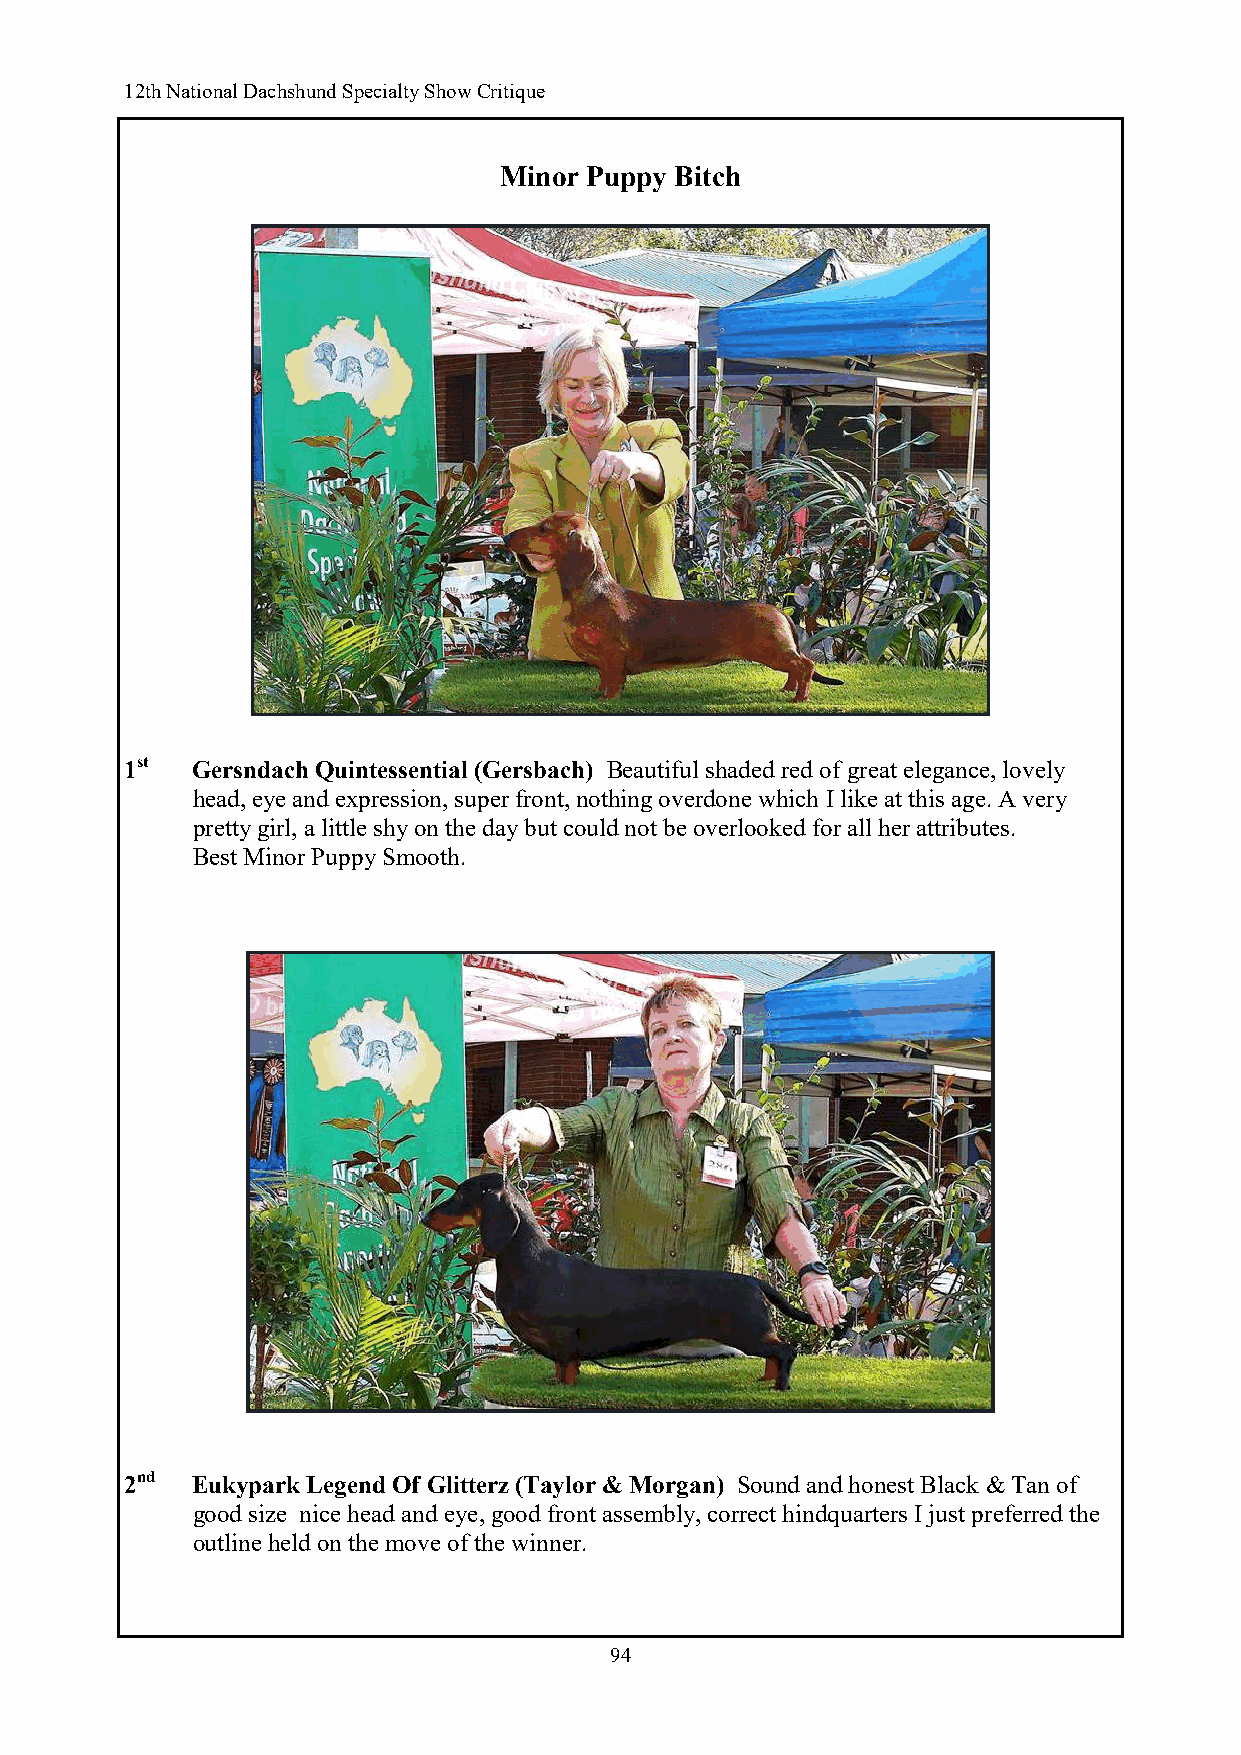
12th National Dachshund Specialty Show Critique
 Minor Puppy Bitch
 1st  Gersndach Quintessential (Gersbach) Beautiful shaded red of great elegance, lovely
 head, eye and expression, super front, nothing overdone which I like at this age. A very
 pretty girl, a little shy on the day but could not be overlooked for all her attributes.
 Best Minor Puppy Smooth.
 2nd  Eukypark Legend Of Glitterz (Taylor & Morgan) Sound and honest Black & Tan of
 good size nice head and eye, good front assembly, correct hindquarters I just preferred the
 outline held on the move of the winner.
 94